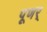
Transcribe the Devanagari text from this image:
पूणर्